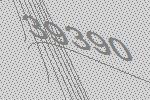
39390